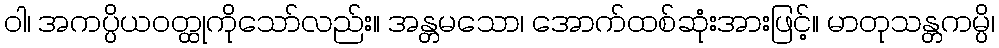
ဝါ၊ အကပ္ပိယဝတ္ထုကိုသော်လည်း။ အန္တမသော၊ အောက်ထစ်ဆုံးအားဖြင့်။ မာတုသန္တကမ္ပိ၊